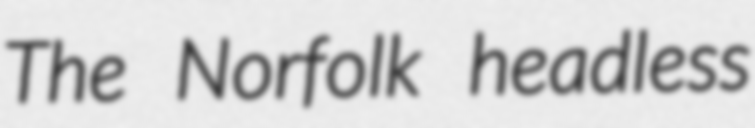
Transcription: The Norfolk headless